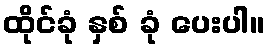
ထိုင်ခုံ နှစ် ခုံ ပေးပါ။